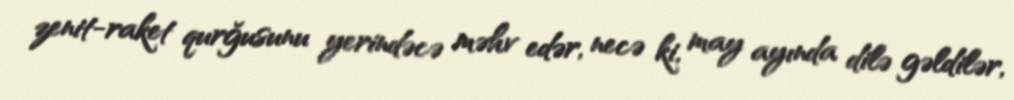
zenit-raket qurğusunu yerindəcə məhv edər, necə ki, may ayında dilə gəldilər,